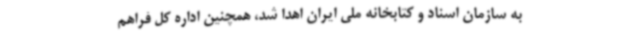
به سازمان اسناد و کتابخانه ملی ایران اهدا شد، همچنین اداره کل فراهم